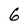
Character: 6